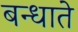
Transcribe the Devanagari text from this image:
बन्धाते